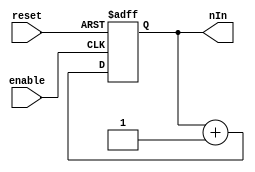
module up_counter_tutorial_noclock    (
nIn     ,  // Output of the counter
enable  ,  // enable for counter
  // clock Input
reset      // reset Input
);
//----------Output Ports--------------
    output reg [3:0] nIn;
//------------Input Ports--------------
     input enable, reset;

   
//-------------Code Starts Here-------
always @(posedge enable or posedge reset) 
begin
if (reset) 
  nIn <= 4'b0;
 
else if (enable) 
  nIn <= nIn + 1;
end


endmodule